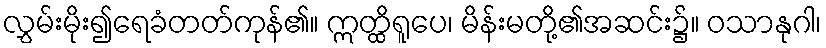
လွှမ်းမိုး၍ရေခံတတ်ကုန်၏။ ဣတ္ထိရူပေ၊ မိန်းမတို့၏အဆင်း၌။ ဝသာနုဂါ၊